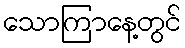
သောကြာနေ့တွင်